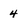
Character: 4